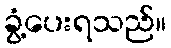
ခွံ့ပေးရသည်။